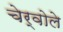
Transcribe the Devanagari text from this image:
चेर्वोले